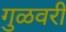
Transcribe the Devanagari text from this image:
गुळवरी